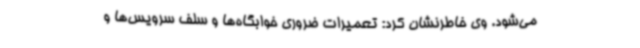
می‌شود. وی خاطرنشان کرد: تعمیرات ضروری خوابگاه‌ها و سلف سرویس‌ها و